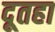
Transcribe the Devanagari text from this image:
दूतहा